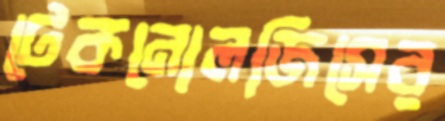
টেকনোলজিসের